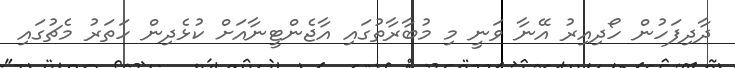
ދާދިފަހުން ހޯދިއިރު އޭނާ ވަނީ މި މުބާރާތުގައި އާޖެންޓީނާއަށް ކުޅެދިން ހަތަރު މެޗުގައި